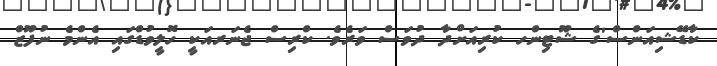
ކާޑޭޝިއަންސް'ގެ ޝޫޓިންހ ކުރިއަށްދާ ދުވަސް ވަރެވެ. ކްރިސް ޖެނަރއަކީ ހޮލީވުޑްގައި އެންމެ ނުފޫޒް